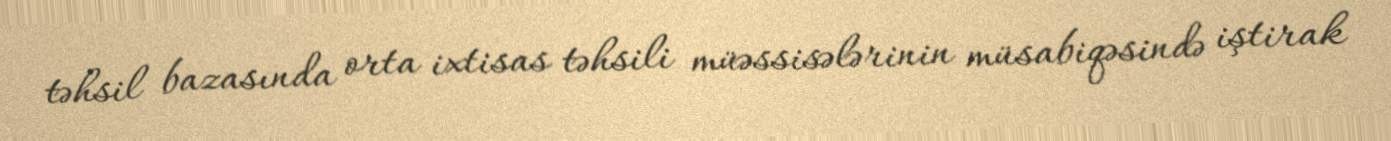
təhsil bazasında orta ixtisas təhsili müəssisələrinin müsabiqəsində iştirak